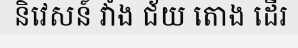
និវេសន៍ វាំង ជ័យ តោង ដើរ